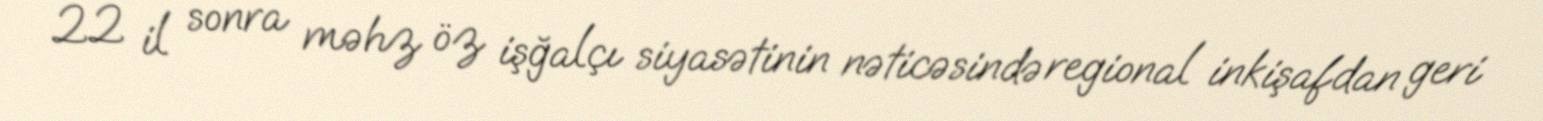
22 il sonra məhz öz işğalçı siyasətinin nəticəsində regional inkişafdan geri